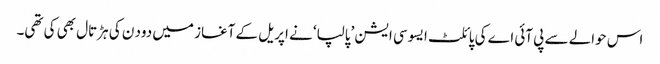
اس حوالے سے پی آئی اے کی پائلٹ ایسوسی ایشن ’پالپا‘ نے اپریل کے آغاز میں دود ن کی ہڑتال بھی کی تھی۔